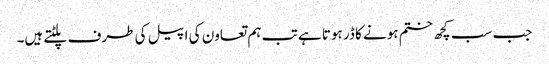
جب سب کچھ ختم ہونے کا ڈر ہوتا ہے تب ہم تعاون کی اپیل کی طرف پلٹتے ہیں۔